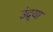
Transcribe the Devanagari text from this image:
उंद्र्या